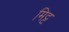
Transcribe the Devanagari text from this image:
मिट्ट